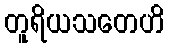
တူရိယသတေဟိ